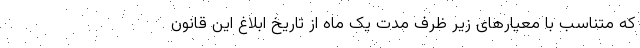
که متناسب با معیارهای زیر ظرف مدت یک ماه از تاریخ ابلاغ این قانون